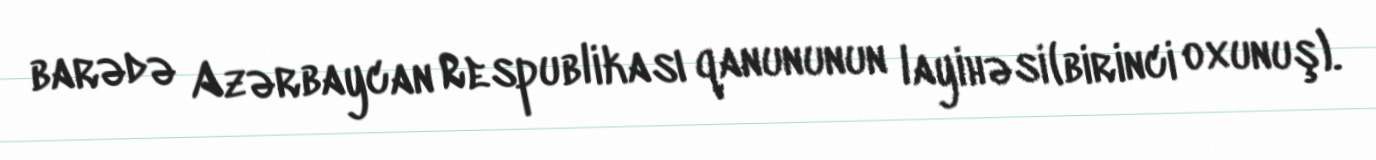
barədə Azərbaycan Respublikası qanununun layihəsi (birinci oxunuş).